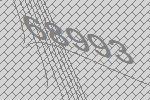
68993